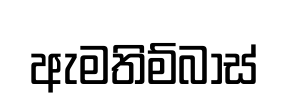
ඇමතිම්බාස්